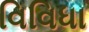
વિવિધા